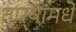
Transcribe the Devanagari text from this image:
तार्‍यांमधे